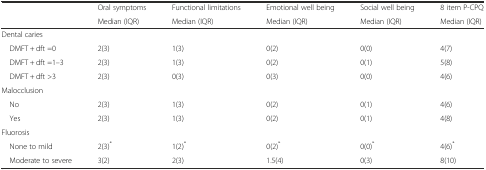
<table><thead><tr><td rowspan="2"></td><td><b>Oral symptoms</b></td><td><b>Functional limitations</b></td><td><b>Emotional well being</b></td><td><b>Social well being</b></td><td><b>8 item P-CPQ</b></td></tr><tr><td><b>Median (IQR)</b></td><td><b>Median (IQR)</b></td><td><b>Median (IQR)</b></td><td><b>Median (IQR)</b></td><td><b>Median (IQR)</b></td></tr></thead><tbody><tr><td colspan="6">Dental caries</td></tr><tr><td> DMFT + dft =0</td><td>2(3)</td><td>1(3)</td><td>0(2)</td><td>0(0)</td><td>4(7)</td></tr><tr><td> DMFT + dft =1–3</td><td>2(3)</td><td>1(3)</td><td>0(2)</td><td>0(1)</td><td>5(8)</td></tr><tr><td> DMFT + dft &gt;3</td><td>2(3)</td><td>0(3)</td><td>0(3)</td><td>0(0)</td><td>4(6)</td></tr><tr><td colspan="6">Malocclusion</td></tr><tr><td> No</td><td>2(3)</td><td>1(3)</td><td>0(2)</td><td>0(1)</td><td>4(6)</td></tr><tr><td> Yes</td><td>2(3)</td><td>1(3)</td><td>0(2)</td><td>0(1)</td><td>4(8)</td></tr><tr><td colspan="6">Fluorosis</td></tr><tr><td> None to mild</td><td>2(3)<sup>*</sup></td><td>1(2)<sup>*</sup></td><td>0(2)<sup>*</sup></td><td>0(0)<sup>*</sup></td><td>4(6)<sup>*</sup></td></tr><tr><td> Moderate to severe</td><td>3(2)</td><td>2(3)</td><td>1.5(4)</td><td>0(3)</td><td>8(10)</td></tr></tbody></table>